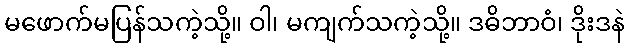
မဖောက်မပြန်သကဲ့သို့။ ဝါ၊ မကျက်သကဲ့သို့။ ဒဓိဘာဝံ၊ ဒိုးဒနဲ